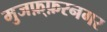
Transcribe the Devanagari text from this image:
मुजफ़्फ़रनगर